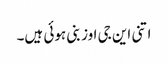
اتنی این جی اوز بنی ہوئی ہیں۔